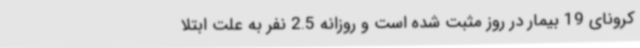
کرونای 19 بیمار در روز مثبت شده است و روزانه 2.5 نفر به علت ابتلا